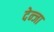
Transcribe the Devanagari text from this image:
देन्जा